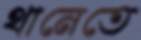
থানেতে